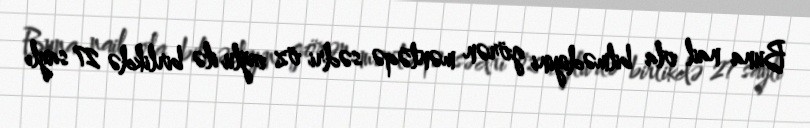
Buna nail ola bilmədiyini görən məntəqə sədri öz oğlu ilə birlikdə 27 saylı